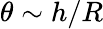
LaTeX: \theta\sim h/R